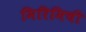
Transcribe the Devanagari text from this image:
मिरिमिची